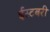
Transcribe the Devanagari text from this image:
ईस्टबरी